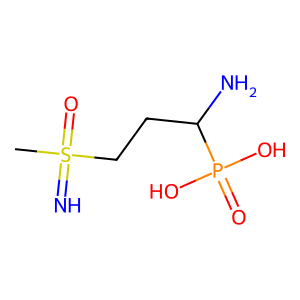
SMILES: CS(=N)(=O)CCC(N)P(=O)(O)O
Inhibits HIV replication: No